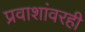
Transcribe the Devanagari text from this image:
प्रवाशांवरही